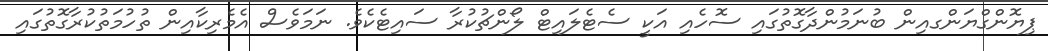
ޕިޔޮންގްޔަންގއިން ބުނަމުންދާގޮތުގައި ސޮހެއި އަކީ ސެޓެލައިޓް ލޯންޗުކުރާ ސައިޓެކެވެ. ނަމަވެސް އެމެރިކާއިން ތުހުމަތުކުރާގޮތުގައި